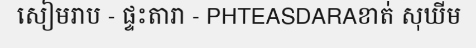
សៀមរាប - ផ្ទះតារា - PHTEASDARAខាត់ សុឃីម